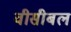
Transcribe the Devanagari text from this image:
वीसीबल